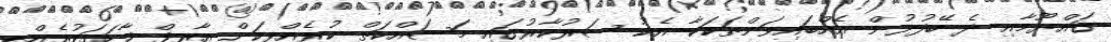
ގައްޔޫމާއި ދެ ބޭފުޅުން އެއްބައިވަންތަކަކާ އެކު ސަރުކާރުގައި މަސައްކަތް ކުރެއްވިކަން އާރިފް ފާހަގަކުރެއްވި